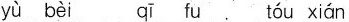
yù bèi qī fu tóu xián